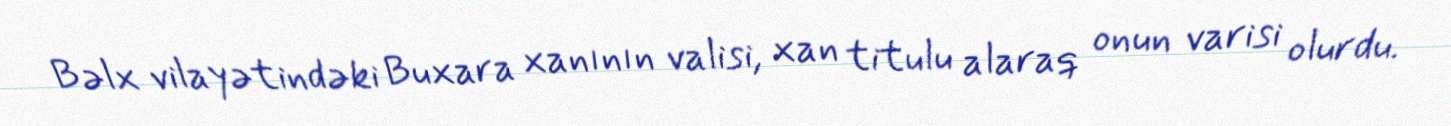
Bəlx vilayətindəki Buxara xanının valisi, xan titulu alaraq onun varisi olurdu.